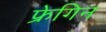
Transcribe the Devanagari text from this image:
फ्रेगिन